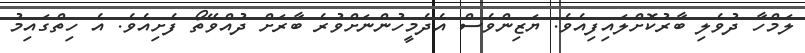
ލަމްހާ ދުވެލި ބާރުކޮށްލައިފިއެވެ. ޔަޒިންވެސް އެދެމީހުންނަށްވުރެ ބާރަށް ދުއްވޭތޯ ފެށިއެވެ. އެ ހިތްގައިމު